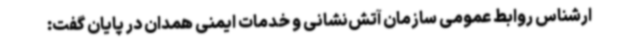
ارشناس روابط عمومی سازمان آتش‌نشانی و خدمات ایمنی همدان در پایان گفت: